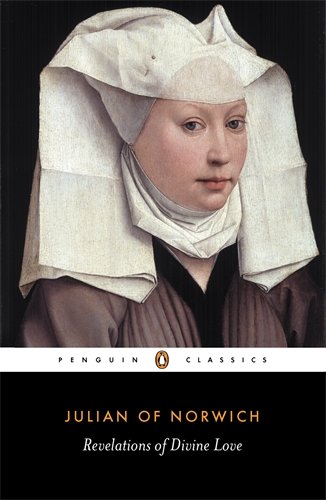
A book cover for Revelations of Divine Love (Short Text and Long Text); Julian of Norwich; Christian Books & Bibles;